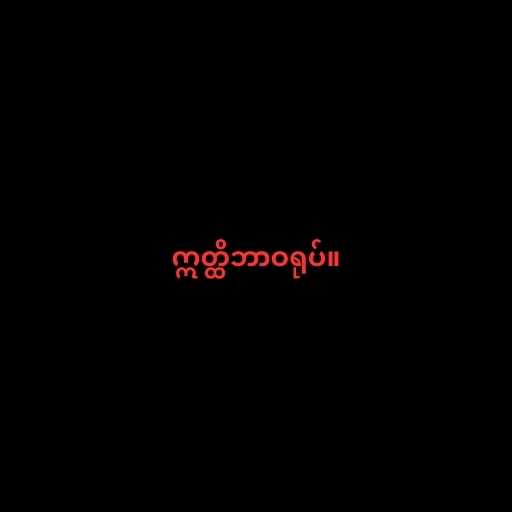
ဣတ္ထိဘာဝရုပ်။